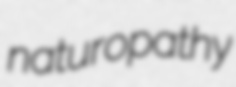
naturopathy